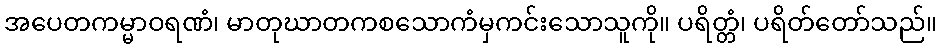
အပေတကမ္မာဝရဏံ၊ မာတုဃာတကစသောကံမှကင်းသောသူကို။ ပရိတ္တံ၊ ပရိတ်တော်သည်။